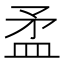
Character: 𥁛